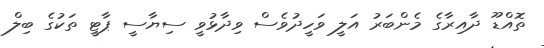
ތޮއްޑޫ ދާއިރާގެ މެންބަރު އަލީ ވަހީދުވެސް ވިދާޅުވީ ސިޔާސީ ޕާޓީ ތަކުގެ ބިލް